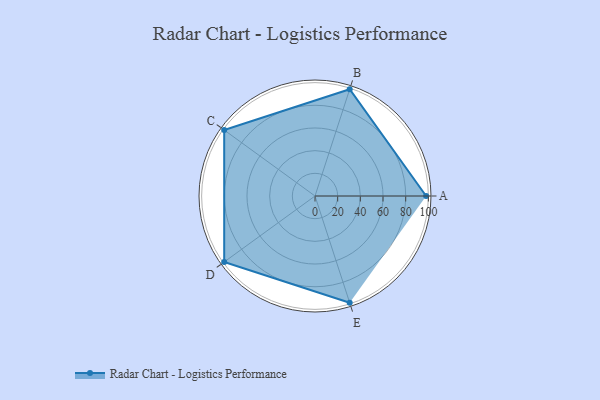
{"axis": {"x": "Skill", "y": "Score"}, "legend": ["Profile"], "data": [{"x": "A", "y": 98.0, "type": "Profile"}, {"x": "B", "y": 99, "type": "Profile"}, {"x": "C", "y": 99, "type": "Profile"}, {"x": "D", "y": 99, "type": "Profile"}, {"x": "E", "y": 99, "type": "Profile"}]}